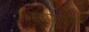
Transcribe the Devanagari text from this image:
महायुगामध्ये